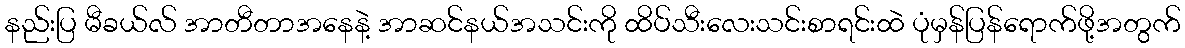
နည်းပြ မီခယ်လ် အာတီတာအနေနဲ့ အာဆင်နယ်အသင်းကို ထိပ်သီးလေးသင်းစာရင်းထဲ ပုံမှန်ပြန်ရောက်ဖို့အတွက်